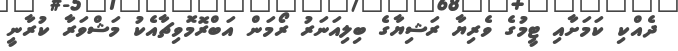
ދެއްކި ކަމަށާއި ޓީމުގެ ވެރިޔާ ރަޝިޔާގެ ބިލިއަނަރު ރޯމަން އަބްރޮމޮވިޗާއެކު މަޝްވަރާ ކުރާނީ